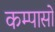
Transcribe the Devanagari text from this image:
कम्पासों